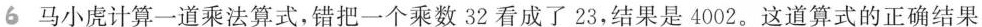
马小虎计算一道乘法算式，错把一个乘数32看成了23，结果是4002。这道算式的正确结果